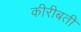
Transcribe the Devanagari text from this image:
कीरीबती